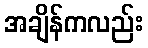
အချိန်ကလည်း